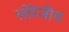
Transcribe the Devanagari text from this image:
लोरेंजीय